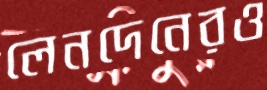
লেনদেনেরও